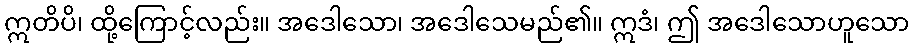
ဣတိပိ၊ ထို့ကြောင့်လည်း။ အဒေါသော၊ အဒေါသေမည်၏။ ဣဒံ၊ ဤ အဒေါသောဟူသော